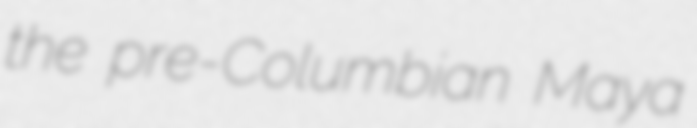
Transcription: the pre-Columbian Maya